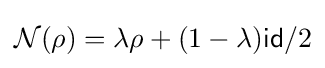
{\mathcal {N}}(\rho )=\lambda \rho +(1-\lambda ){\mathsf {id}}/2